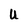
Character: U